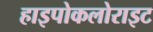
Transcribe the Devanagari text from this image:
हाइपोकलोराइट